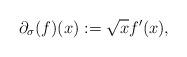
LaTeX: \begin{align*}\partial_\sigma(f)(x) : = \sqrt{x} f'(x), \end{align*}